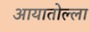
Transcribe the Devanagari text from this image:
आयातोल्ला